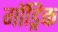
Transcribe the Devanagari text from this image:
गॉड्रिक